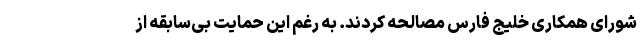
شورای همکاری خلیج فارس مصالحه کردند. به رغم این حمایت بی‌سابقه از